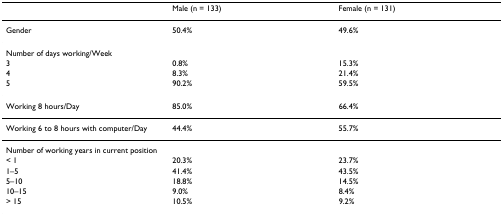
|  | Male (n = 133) | Female (n = 131) |
 | --- | --- | --- |
 | Gender | 50.4% | 49.6% |
 | Number of days working/Week |  |  |
 | 3 | 0.8% | 15.3% |
 | 4 | 8.3% | 21.4% |
 | 5 | 90.2% | 59.5% |
 | Working 8 hours/Day | 85.0% | 66.4% |
 | Working 6 to 8 hours with computer/Day | 44.4% | 55.7% |
 | Number of working years in current position |  |  |
 | < 1 | 20.3% | 23.7% |
 | 1–5 | 41.4% | 43.5% |
 | 5–10 | 18.8% | 14.5% |
 | 10–15 | 9.0% | 8.4% |
 | > 15 | 10.5% | 9.2% |